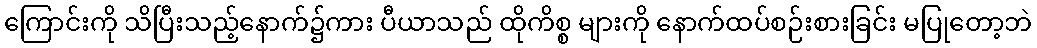
ကြောင်းကို သိပြီးသည့်နောက်၌ကား ပီယာသည် ထိုကိစ္စ များကို နောက်ထပ်စဉ်းစားခြင်း မပြုတော့ဘဲ